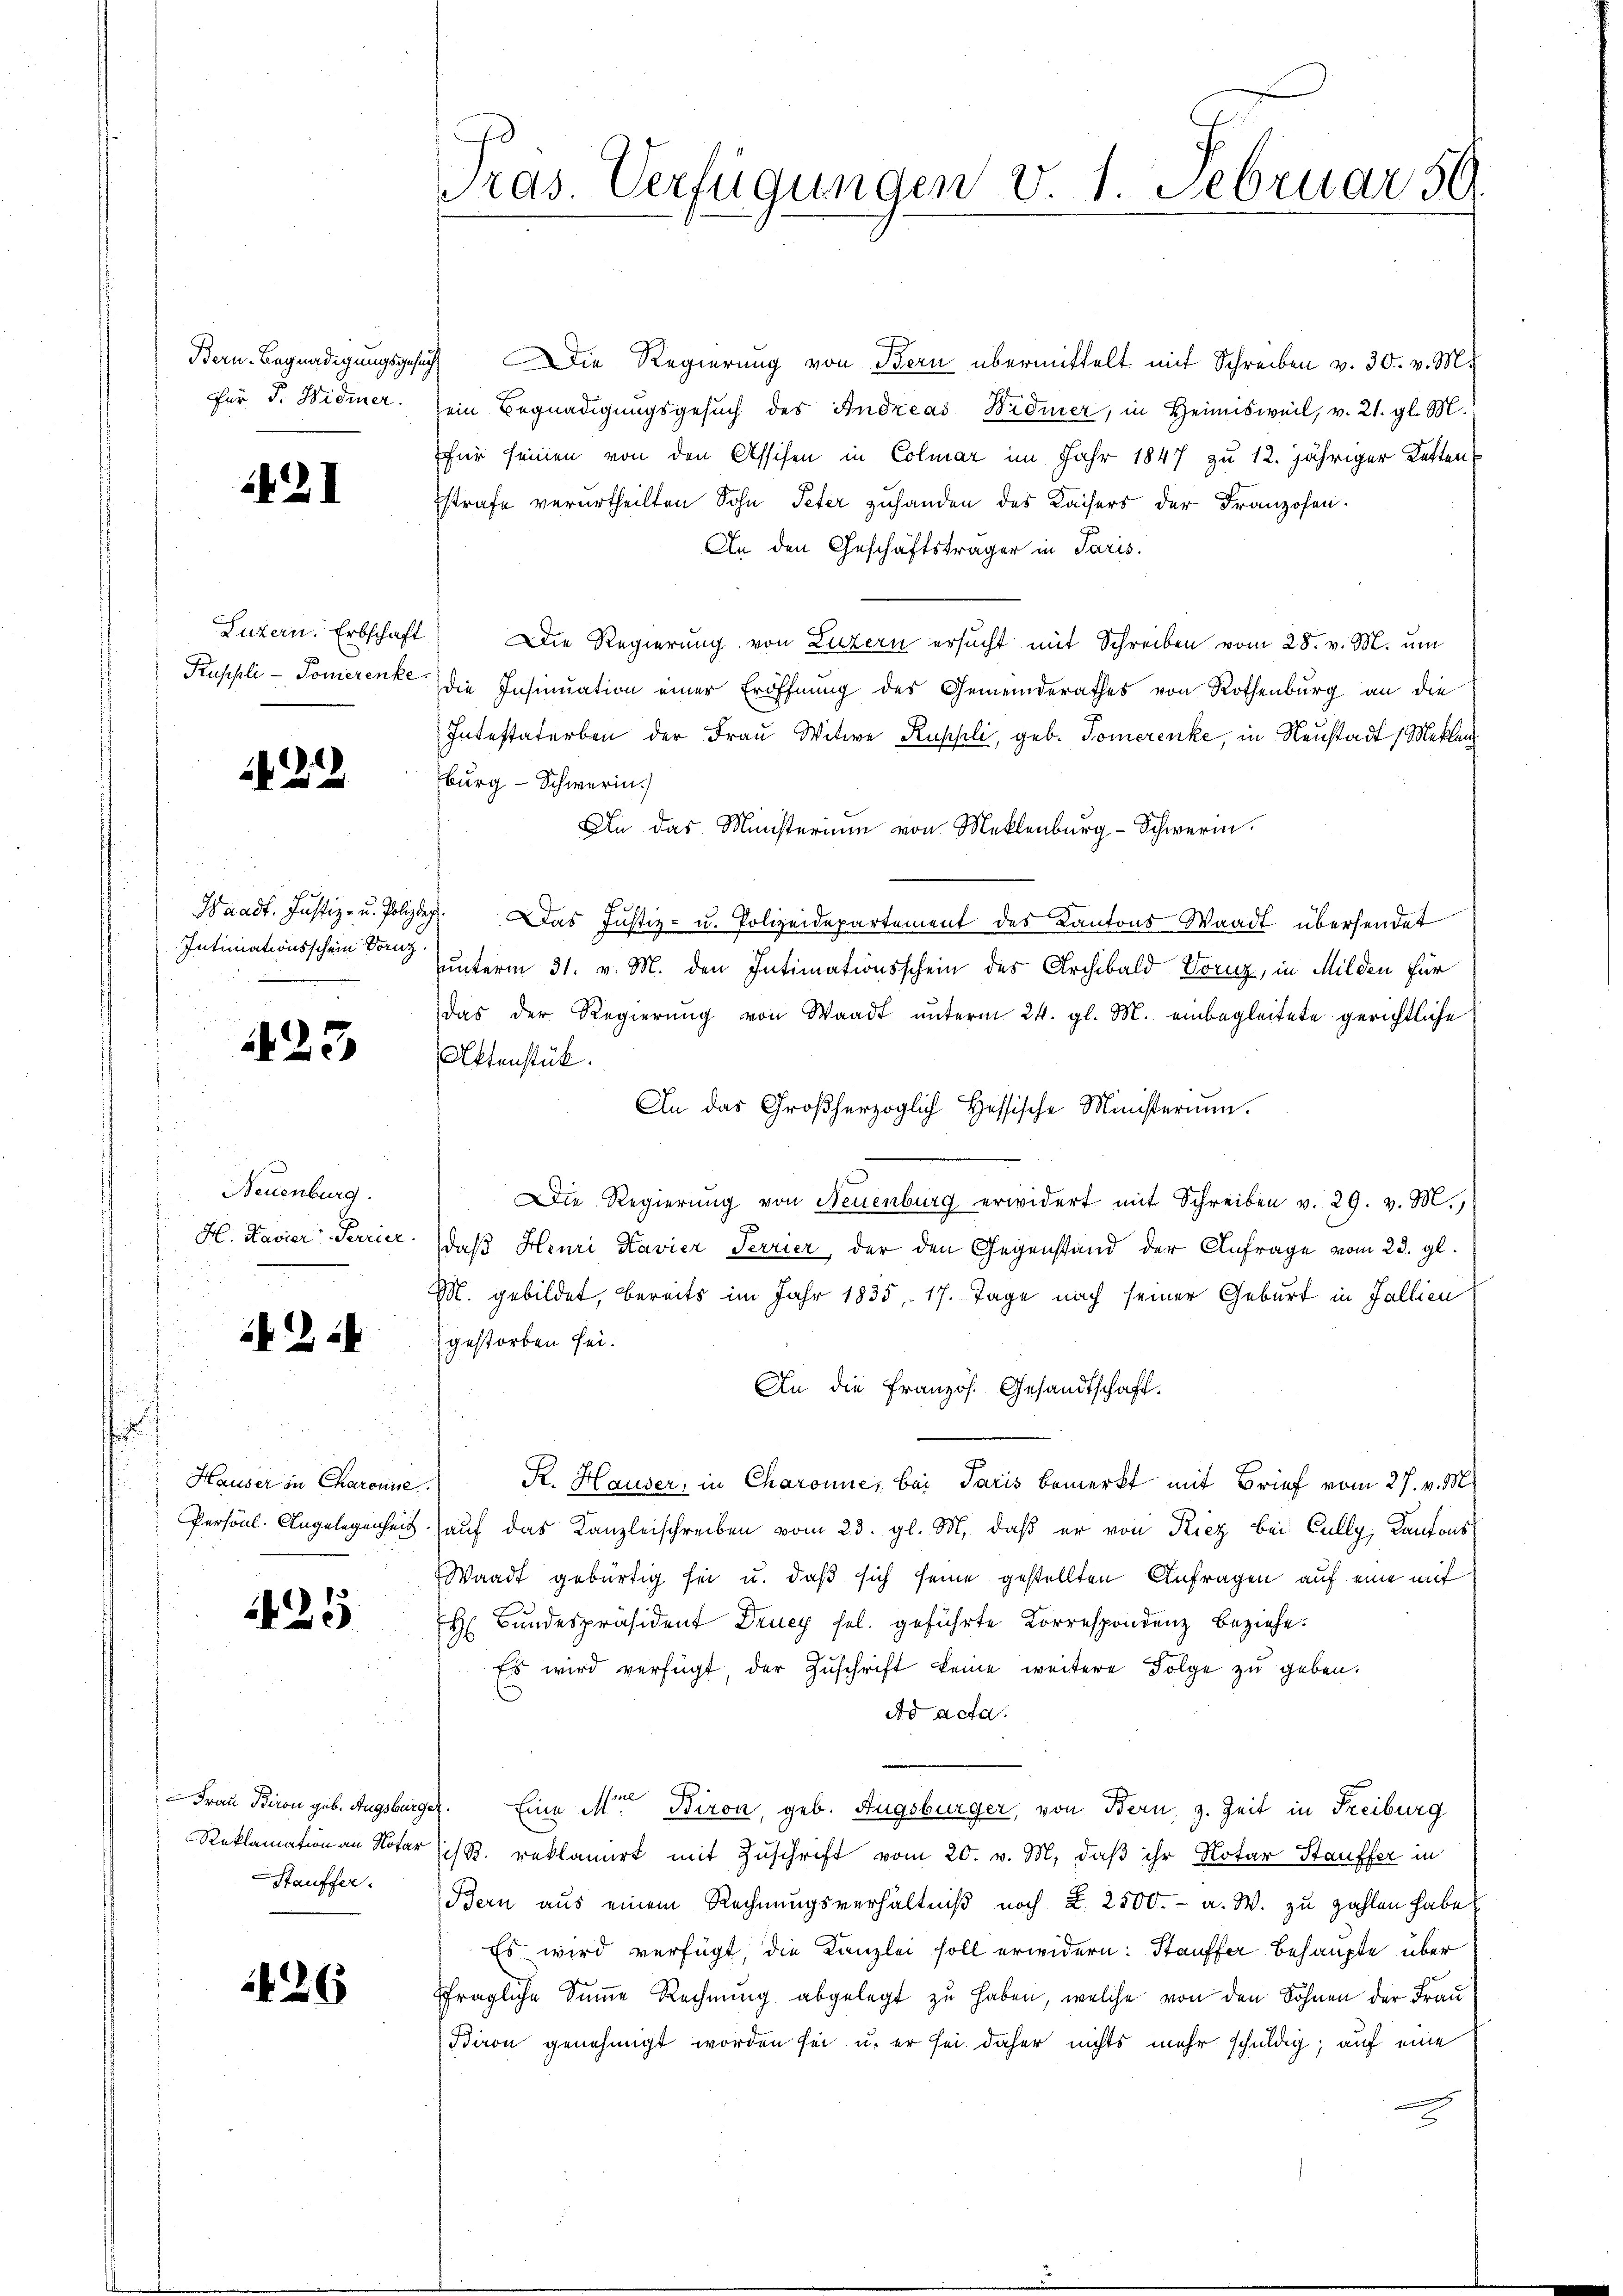
Bern-Begnadigungsges
Für J. Widmer.

2I

Luzern. Erbschaft
Kuppli-Tonierenke.

212

Waadt. Justiz- u. Polize
Intimationsschein Dornz

25

i
Neuenburg.
H. Lavier Terrier

224

h
Hauser in Charenne.
Persönl. Angelegenheit

25

Frau Piron geb. Augsburge
Reklamation an Notar
Stauffer.

26

ras. Verfügungen v. 1 Februar 50.

Die Regierung von Bern übermittelt mit Schreiben v. 30. v. M.
sein Begnadigungsgesuch des Andreas Widmer, in Heimisweil, v. 21. gl. M.
für seinen von den Assisen in Colmar im Jahr 1847 zu 12. jähriger Ketten
strafe verurtheilten Sohn Peter zuhanden des Kaisers der Franzosen.
An den Geschäftsträger in Paris.
Die Regierung von Luzern ersucht mit Schreiben vom 28. v. M. um
die Insinuation einer Eröffnung des Gemeinderathes von Rothenburg an die
Intestaterben der Frau Witwe Ruppli, geb. Tomerenke, in Neustadt, Meklen
burg - Schwerin.)
An das Ministerium von Meklenburg-Schwerin.
Das Justiz- u. Polizeidepartement des Kantons Waadt übersendet
unterm 31. v. M. den Intimationsschein des Archibald Dorz, in Milden für
das der Regierung von Waadt unterm 24. gl. M. einbegleitete gerichtliche
Aktenstück.
An das Großherzoglich Hessische Ministerium.
Die Regierŭng von Neuenburg erwidert mit Schreiben v. 29. v. M.,
daß Henri Kavier Terrier, der den Gegenstand der Anfrage vom 23. gl.
M. gebildet, bereits im Jahr 1835. 17. Tage nach seiner Geburt in Fallien
gestorben sei.
An die Französ. Gesandtschaft.
R. Hauser, in Charonne, bei Paris bemerkt mit Brief vom 27. v. M.
auf das Kanzleischreiben vom 23. gl. M. daß er von Kiez bei Cully, Kantons
Waadt gebürtig sei u. daß sich seine gestellten Anfragen auf eine mit
H Bundespräsident Drucz sel. geführte Korrespondenz beziehe.
Es wird verfügt der Zuschrift keine weitere Folge zu geben.
Ad acta.
7. Eine Mit Biron, geb. Augsburger, von Bern, z. Zeit in Freiburg
is. reklamirt mit Zuschrift vom 20. v. M. daß ihr Notar Stauffer in
Bern aus einem Rechnŭngsverhältniß noch §. 2500.- a. W. zu zahlen habe
Es wird verfügt, die Kanzlei soll erwidern: Stauffer behaupte über
fragliche Summe Rechnung abgelegt zu haben, welche von den Söhnen der Frau
Biron genehmigt worden sei u. er sei daher nichts mehr schuldig; auf eine